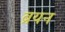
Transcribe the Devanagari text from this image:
ब्रयन